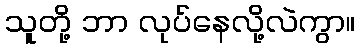
သူတို့ ဘာ လုပ်နေလို့လဲကွာ။